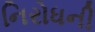
નિરોધની